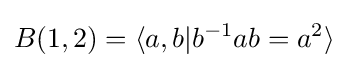
B(1,2)=\langle a,b|b^{-1}ab=a^{2}\rangle